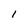
Character: l